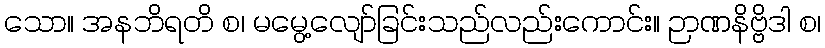
သော။ အနဘိရတိ စ၊ မမွေ့လျော်ခြင်းသည်လည်းကောင်း။ ဉာဏနိဗ္ဗိဒါ စ၊